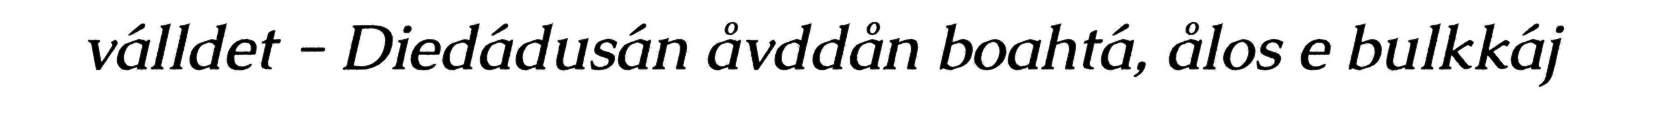
válldet - Diedádusán åvddån boahtá, ålos e bulkkáj